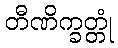
တီဏိက္ခတ္တုံ